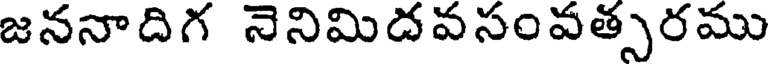
జననాదిగ నెనిమిదవసంవత్సరము